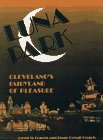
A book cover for Luna Park: Cleveland's Fairyland of Pleasure; David W. Francis; Travel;